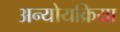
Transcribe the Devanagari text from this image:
अन्योयक्रिया